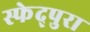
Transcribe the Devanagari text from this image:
स्फेद्पुरा